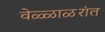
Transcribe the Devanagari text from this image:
वेळ्ळाळरांत